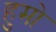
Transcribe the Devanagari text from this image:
हुमो